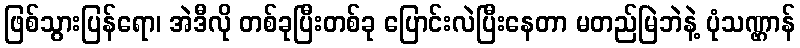
ဖြစ်သွားပြန်ရော၊ အဲဒီလို တစ်ခုပြီးတစ်ခု ပြောင်းလဲပြီးနေတာ မတည်မြဲဘဲနဲ့ ပုံသဏ္ဌာန်